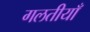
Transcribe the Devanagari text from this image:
गलतीयाँ